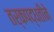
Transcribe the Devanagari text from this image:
तर्कपद्धतीने